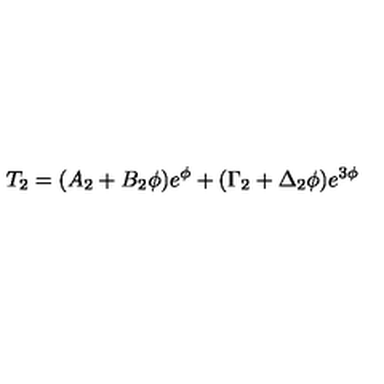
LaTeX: T _ { 2 } = ( A _ { 2 } + B _ { 2 } \phi ) e ^ { \phi } + ( \Gamma _ { 2 } + \Delta _ { 2 } \phi ) e ^ { 3 \phi }